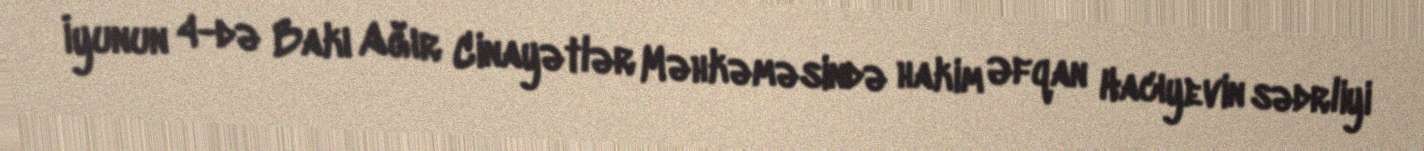
İyunun 4-də Bakı Ağır Cinayətlər Məhkəməsində hakim Əfqan Hacıyevin sədrliyi